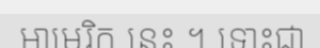
អាមេរិក នេះ ។ ទោះជា